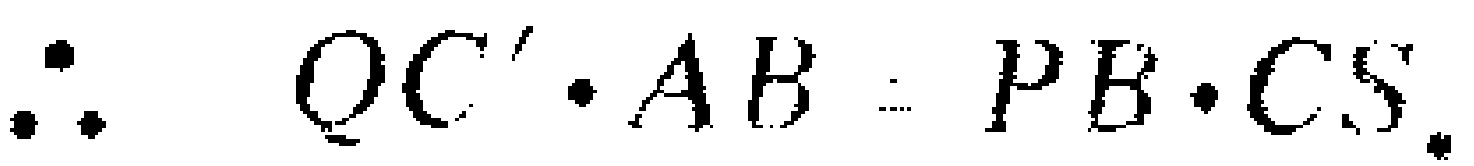
\(\therefore QC'\cdot AB = PB\cdot CS.\)